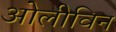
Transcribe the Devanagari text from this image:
ओलीविन